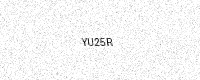
Text: YU25R